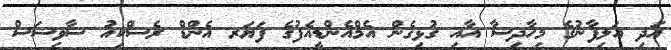
އަދި އަލިފާނުގެ މިހާދިސާ އާއި ގުޅިގެން އެމްއެންޑީއެފުގެ ފަޔަރ އެންޑް ރެސްކިއު ސާވިސަސް